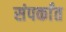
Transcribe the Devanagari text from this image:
संपर्कांत